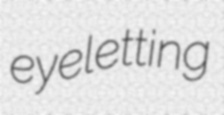
eyeletting